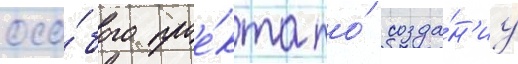
осо́бого прое́кта по́ созда́н'иу